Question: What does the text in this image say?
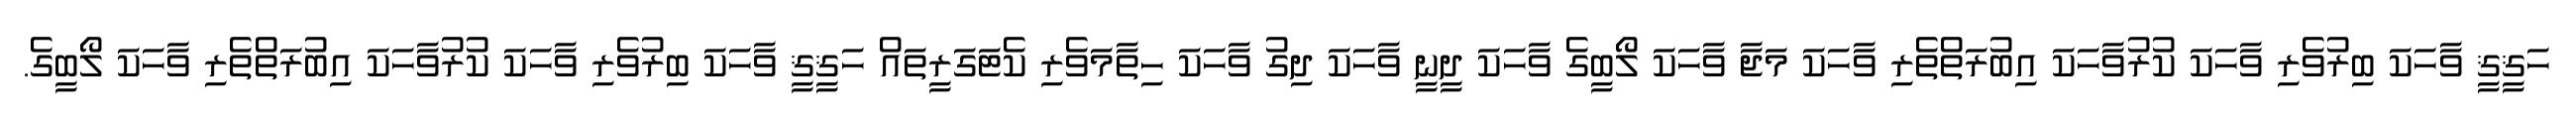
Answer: ހަޤީޤީ ވާހަކަ ބިރުވެރި ވާހަކަ ކުރުވާހަކަ އިބުރަތްތެރި ވާހަކަ މަޖާ ވާހަކަ ލޯބީގެ ވާހަކަ ދީނީ ވާހަކަ ދިގު ވާހަކަ ހިތާމަވެރި ކެޓަގަރީތައް ހަޤީޤީ ވާހަކަ ބިރުވެރި ވާހަކަ ކުރުވާހަކަ އިބުރަތްތެރި ވާހަކަ ލޯބީގެ.